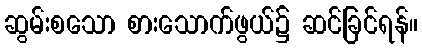
ဆွမ်းစသော စားသောက်ဖွယ်၌ ဆင်ခြင်ရန်။